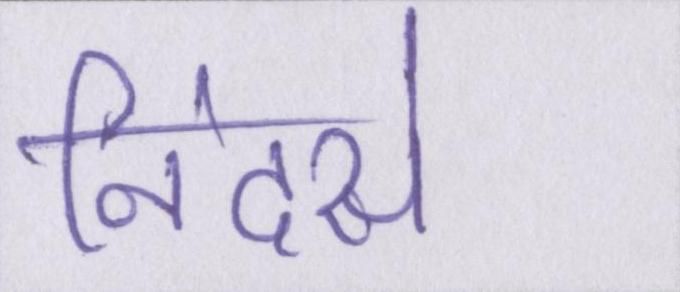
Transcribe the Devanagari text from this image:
निंदसे